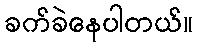
ခက်ခဲနေပါတယ်။